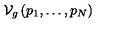
\mathcal { V } _ { g } \left( p _ { 1 } , \ldots , p _ { N } \right)